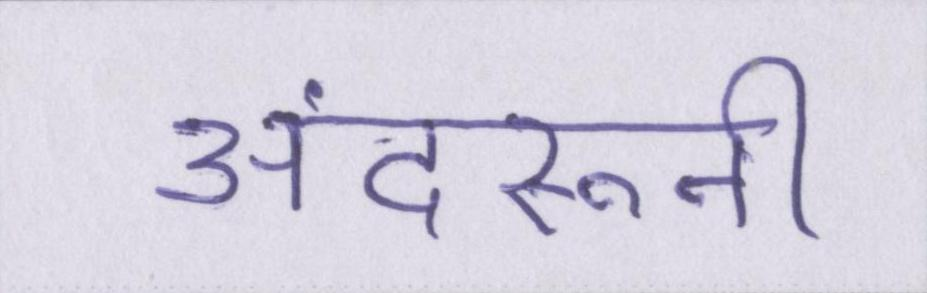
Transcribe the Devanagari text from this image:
अंदरूनी